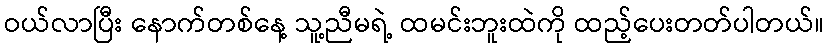
ဝယ်လာပြီး နောက်တစ်နေ့ သူ့ညီမရဲ့ ထမင်းဘူးထဲကို ထည့်ပေးတတ်ပါတယ်။